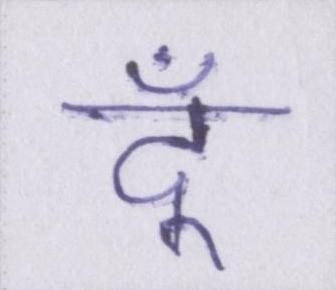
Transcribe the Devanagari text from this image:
दूँ